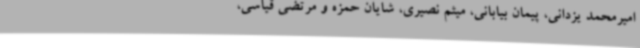
امیرمحمد یزدانی، پیمان بیابانی، میثم نصیری، شایان حمزه و مرتضی قیاسی،